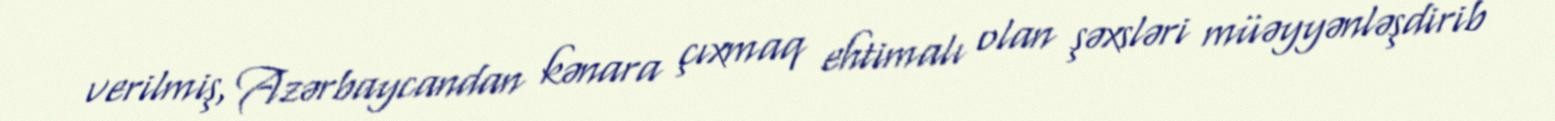
verilmiş, Azərbaycandan kənara çıxmaq ehtimalı olan şəxsləri müəyyənləşdirib